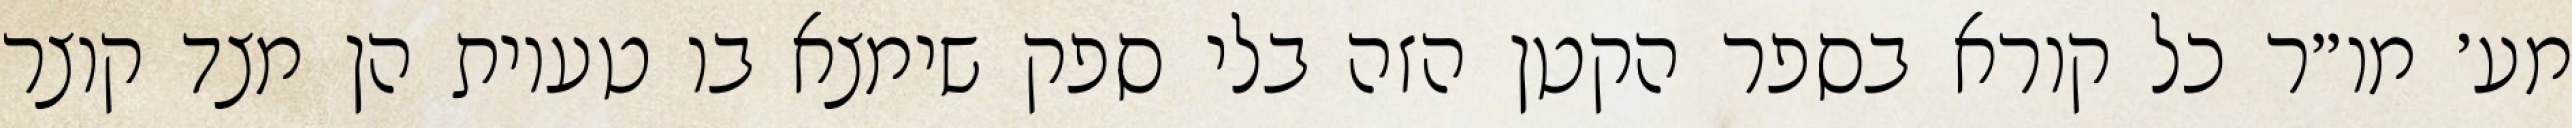
מע׳ מו״ר כל קורא בספר הקטן הזה בלי ספק שימצא בו טעיות הן מצד קוצר